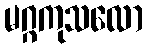
မဂ္ဂကုသလော